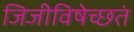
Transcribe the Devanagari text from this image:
जिजीविषेच्छतं